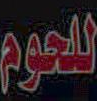
للحوم